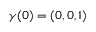
{ \boldsymbol \gamma } ( 0 ) = ( 0 , 0 , 1 )